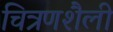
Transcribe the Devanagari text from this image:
चित्रणशैली